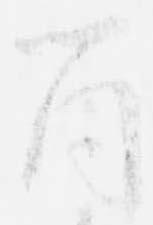
箇